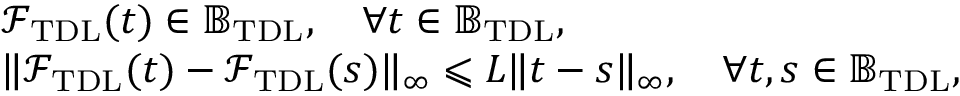
\begin{array} { r l } & { \mathcal { F } _ { \mathrm { T D L } } ( t ) \in \mathbb { B } _ { \mathrm { T D L } } , \quad \forall t \in \mathbb { B } _ { \mathrm { T D L } } , } \\ & { \| \mathcal { F } _ { \mathrm { T D L } } ( t ) - \mathcal { F } _ { \mathrm { T D L } } ( s ) \| _ { \infty } \leqslant L \| t - s \| _ { \infty } , \quad \forall t , s \in \mathbb { B } _ { \mathrm { T D L } } , } \end{array}